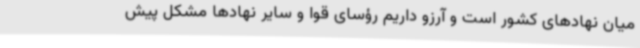
میان نهادهای کشور است و آرزو داریم رؤسای قوا و سایر نهادها مشکل پیش